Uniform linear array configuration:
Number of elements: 8
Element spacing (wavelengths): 0.25
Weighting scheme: uniform
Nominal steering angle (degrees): -30
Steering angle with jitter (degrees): -30.391
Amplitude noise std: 0.05
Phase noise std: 0.05

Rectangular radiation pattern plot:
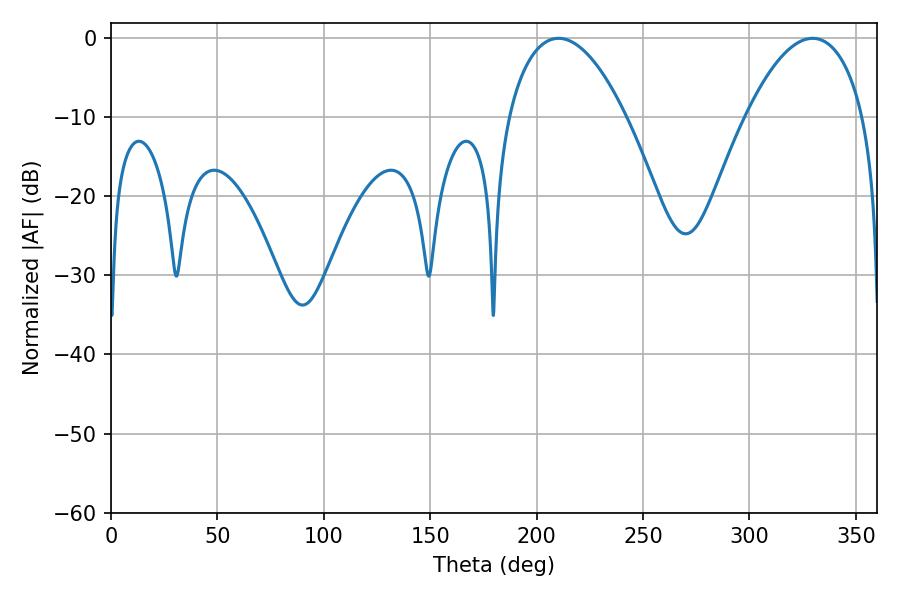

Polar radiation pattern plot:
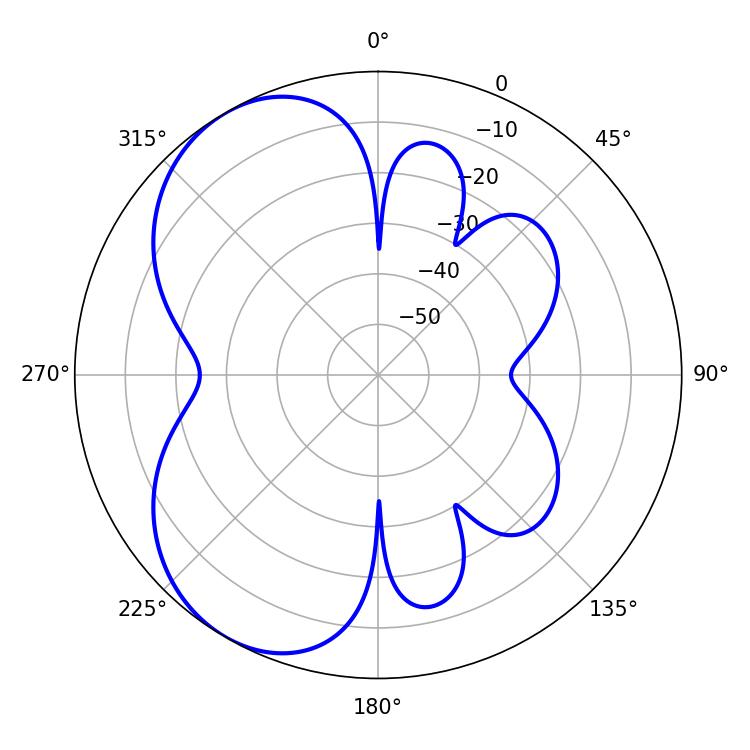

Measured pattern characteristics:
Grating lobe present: FALSE
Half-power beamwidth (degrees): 30.78
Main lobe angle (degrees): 210.24